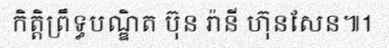
កិត្តិព្រឹទ្ធបណ្ឌិត ប៊ុន រ៉ានី ហ៊ុនសែន៕1